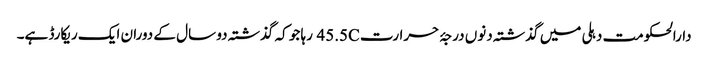
دارالحکومت دہلی میں گذشتہ دنوں درجۂ حرارت 45.5C رہا جو کہ گذشتہ دو سال کے دوران ایک ریکارڈ ہے۔